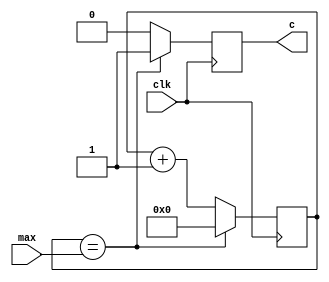
`timescale 1ns / 1ps

module converter(
	input clk,
	input [31:0]max,
	output reg c=0
);
	
reg [31:0]count;
initial count = 0;
always@(posedge clk)
if(count==max)
	c<=1;
else
	c<=0;
always@(posedge clk)
	if(count==max)
		count<=0;
	else
		count<=count+1;
endmodule